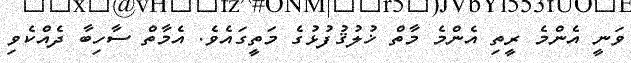
ވަނީ އެންމެ ރީތި އެންމެ މާތް ޚުލުޤުފުޅުގެ މަތީގައެވެ. އެމާތް ސާހިބާ ދެއްކެވި